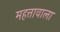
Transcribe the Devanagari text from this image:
महत्तावाला